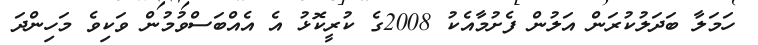
ހަމަލާ ބަދަލުކުރަން އަލުން ފެށުމާއެކު 2008ގެ ކުރީކޮޅު އެ އެއްބަސްވުމުން ވަކިވެ މަހިންދަ